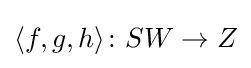
\langle f,g,h\rangle \colon SW\to Z